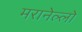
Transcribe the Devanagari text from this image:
मरानेल्लो